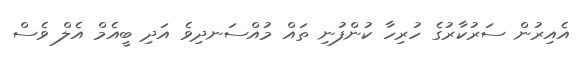
އެއިރުން ސަރުކާރުގެ ހުރިހާ ކުންފުނި ތައް މުއްސަނދިވެ އަދި ބީއެމް އެލް ވެސް